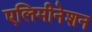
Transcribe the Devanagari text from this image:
एलिमीनेशन